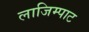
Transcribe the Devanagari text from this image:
लाजिम्पाट